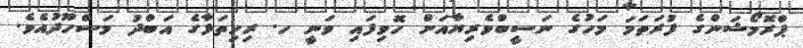
ޕްރޮމޯޝަންގެ ފުރަތަމަ މަހުގެ ނަސީބްވެރިޔާއަށް ހޮވިފައި ވަނީ ހ. ރިހިތަޅާގެ އަބްދު މަސްހޫދުއެވެ.